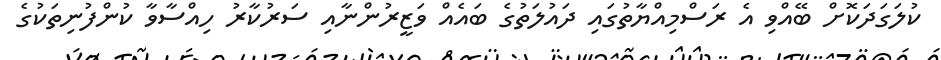
ކުލަގަދަކޮށް ބޭއްވި އެ ރަސްމިއްޔާތުގައި ދައުލަތުގެ ބައެއް ވަޒީރުންނާއި ސަރުކާރު ހިއްސާވާ ކުންފުނިތަކުގެ